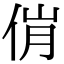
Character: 𬾎